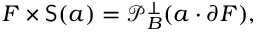
F \times { \mathsf { S } } ( a ) = { \mathcal { P } } _ { B } ^ { \perp } ( a \cdot \partial F ) ,